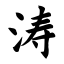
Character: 涛